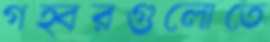
গহ্বরগুলোতে